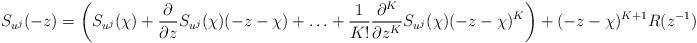
LaTeX: \begin{align*}&S_{u^j}(-z) = \left( S_{u^j}(\chi)+\displaystyle\frac{\partial}{\partial z}S_{u^j}(\chi)(-z-\chi)+\dotsc+\displaystyle \frac{1}{K!} \frac{\partial^K}{\partial z^K}S_{u^j}(\chi)(-z-\chi)^K \right) + (-z-\chi)^{K+1}R(z^{-1})\end{align*}